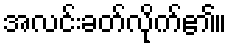
အလင်းခတ်လိုက်၏။